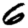
Digit: 6